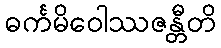
ဓင်္ကမိဝေါဿဇန္တီတိ